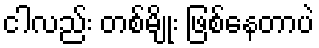
ငါလည်း တစ်မျိုး ဖြစ်နေတာပဲ